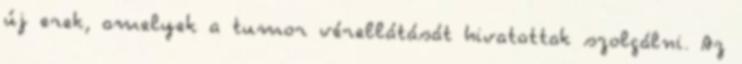
új erek, amelyek a tumor vérellátását hivatottak szolgálni. Az